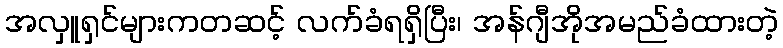
အလှူရှင်များကတဆင့် လက်ခံရရှိပြီး၊ အန်ဂျီအိုအမည်ခံထားတဲ့